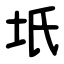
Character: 坁